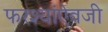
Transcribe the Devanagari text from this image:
फरश्यांऐवजी